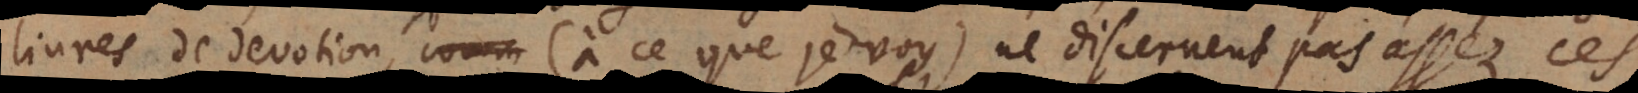
livres de devotion (à ce que je voy) ne discernent pas assez ces